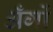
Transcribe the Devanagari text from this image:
अँगों